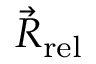
{ \vec { R } _ { \mathrm { r e l } } }